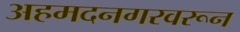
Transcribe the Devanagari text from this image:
अहमदनगरवरून